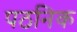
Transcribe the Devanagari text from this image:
पठनिक